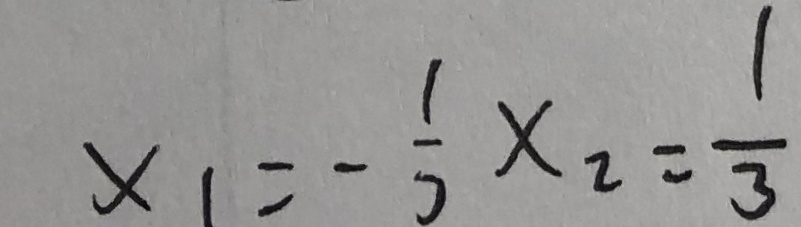
x _ { 1 } = - \frac { 1 } { 7 } x _ { 2 } = \frac { 1 } { 3 }